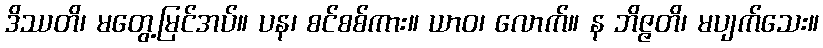
ဒိဿတိ၊ မတွေ့မြင်အပ်။ ပန၊ စင်စစ်ကား။ ယာဝ၊ လောက်။ န ဘိဇ္ဇတိ၊ မပျက်သေး။